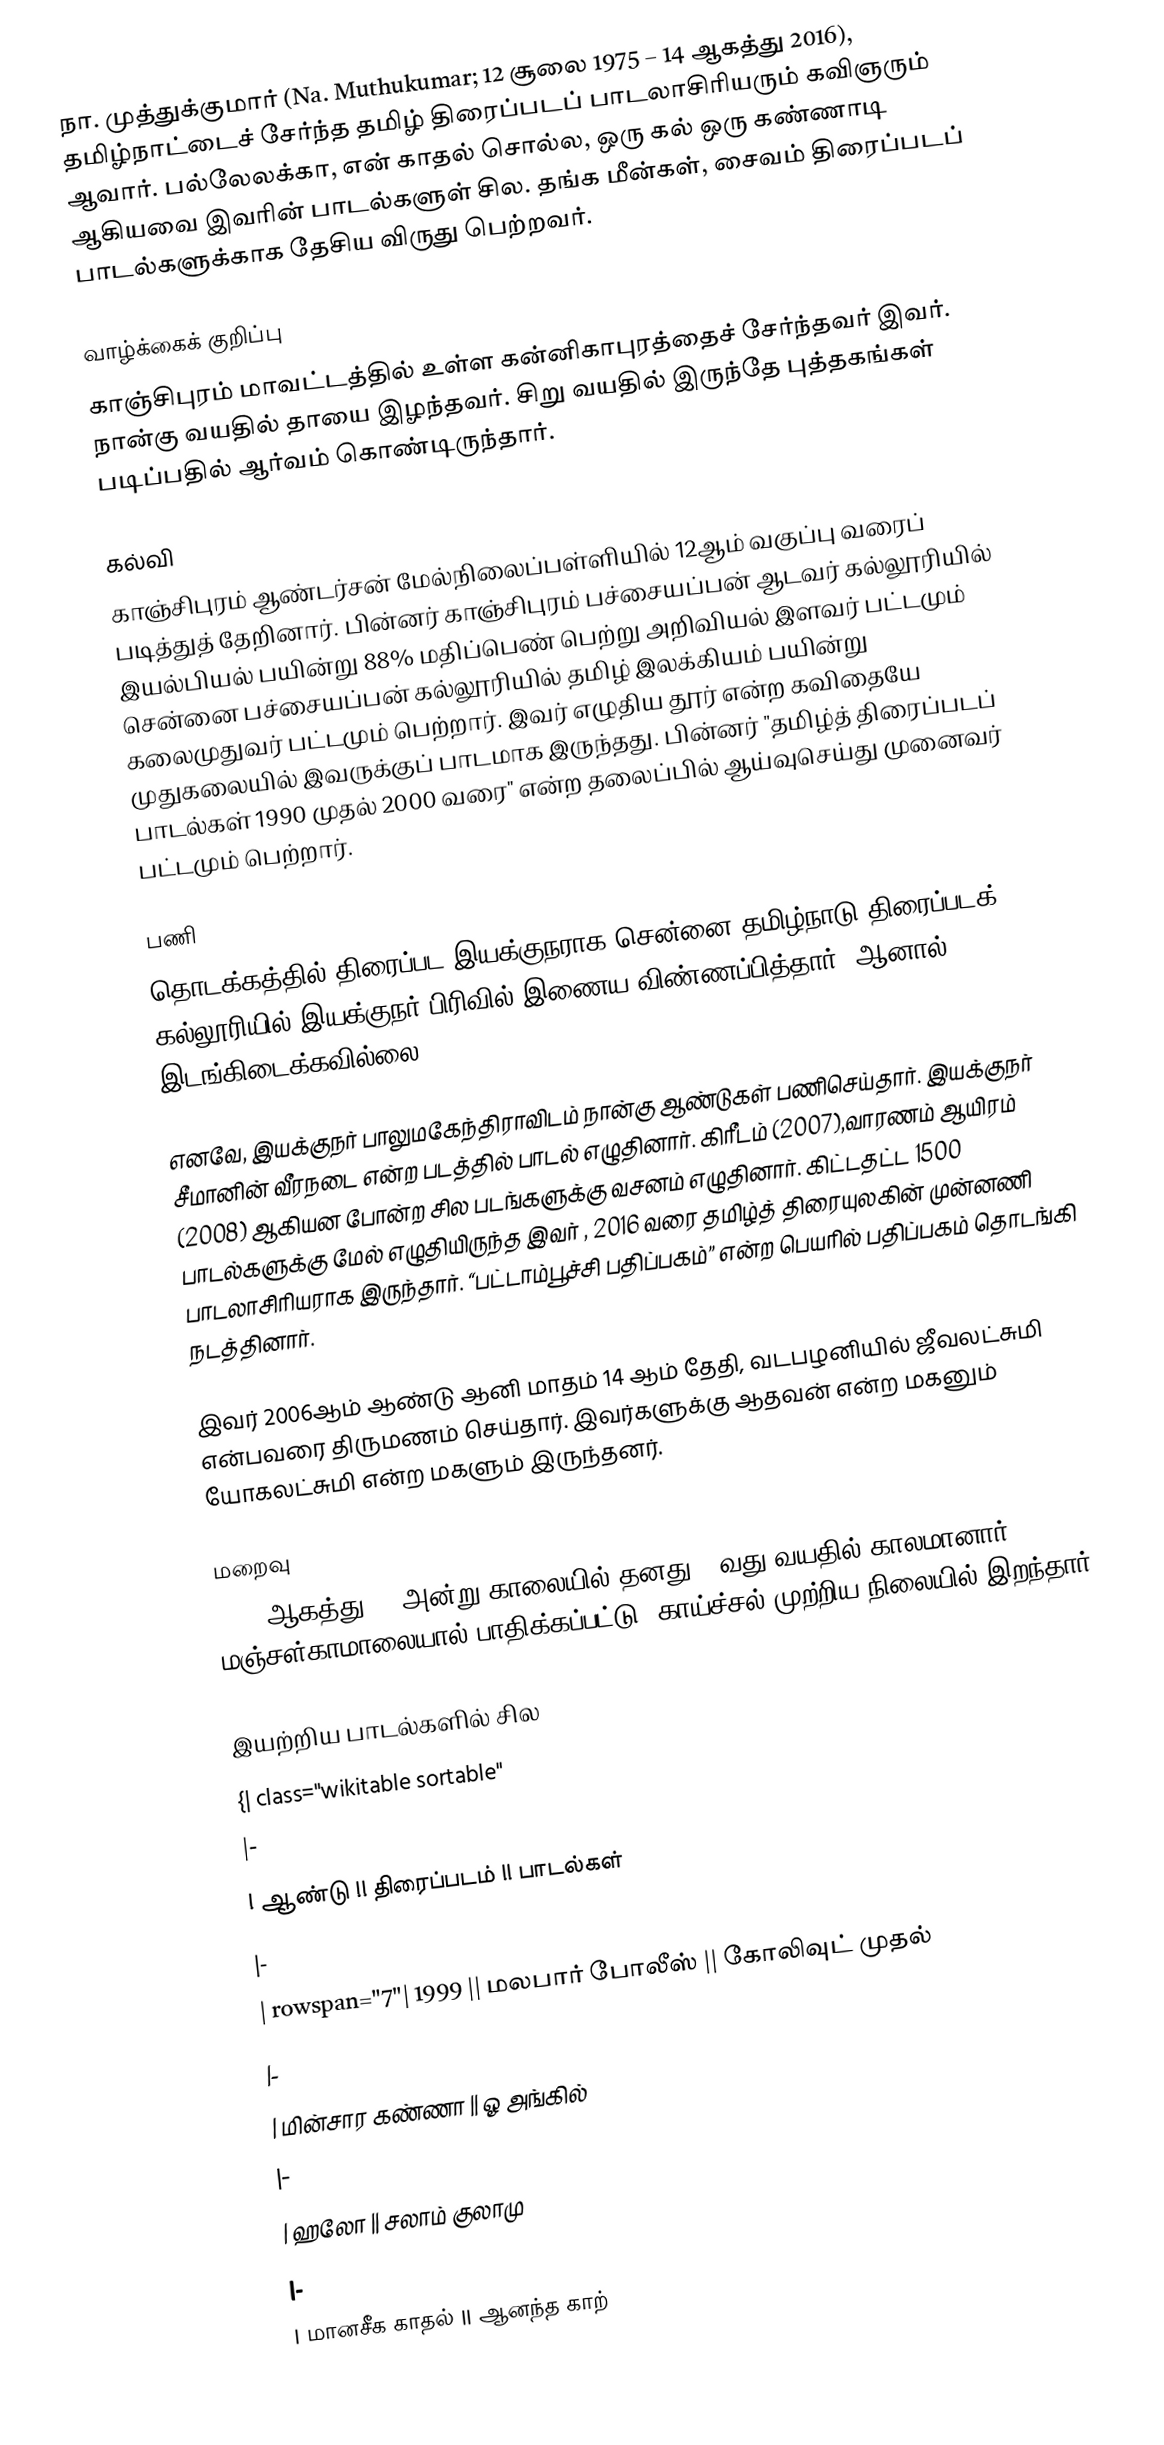
நா. முத்துக்குமார் (Na. Muthukumar; 12 சூலை 1975 – 14 ஆகத்து 2016), தமிழ்நாட்டைச் சேர்ந்த தமிழ் திரைப்படப் பாடலாசிரியரும் கவிஞரும் ஆவார். பல்லேலக்கா, என் காதல் சொல்ல, ஒரு கல் ஒரு கண்ணாடி ஆகியவை இவரின் பாடல்களுள் சில. தங்க மீன்கள், சைவம் திரைப்படப் பாடல்களுக்காக தேசிய விருது பெற்றவர்.

வாழ்க்கைக் குறிப்பு
காஞ்சிபுரம் மாவட்டத்தில் உள்ள கன்னிகாபுரத்தைச் சேர்ந்தவர் இவர். நான்கு வயதில் தாயை இழந்தவர். சிறு வயதில் இருந்தே புத்தகங்கள் படிப்பதில் ஆர்வம் கொண்டிருந்தார்.

கல்வி
காஞ்சிபுரம் ஆண்டர்சன் மேல்நிலைப்பள்ளியில் 12ஆம் வகுப்பு வரைப் படித்துத் தேறினார். பின்னர் காஞ்சிபுரம் பச்சையப்பன் ஆடவர் கல்லூரியில் இயல்பியல் பயின்று 88% மதிப்பெண் பெற்று அறிவியல் இளவர் பட்டமும் சென்னை பச்சையப்பன் கல்லூரியில் தமிழ் இலக்கியம் பயின்று கலைமுதுவர் பட்டமும் பெற்றார். இவர் எழுதிய தூர் என்ற கவிதையே முதுகலையில் இவருக்குப் பாடமாக இருந்தது. பின்னர் "தமிழ்த் திரைப்படப் பாடல்கள் 1990 முதல் 2000 வரை" என்ற தலைப்பில் ஆய்வுசெய்து முனைவர் பட்டமும் பெற்றார்.

பணி
தொடக்கத்தில் திரைப்பட இயக்குநராக சென்னை தமிழ்நாடு திரைப்படக் கல்லூரியில் இயக்குநர் பிரிவில் இணைய விண்ணப்பித்தார். ஆனால், இடங்கிடைக்கவில்லை.

எனவே, இயக்குநர் பாலுமகேந்திராவிடம் நான்கு ஆண்டுகள் பணிசெய்தார். இயக்குநர் சீமானின் வீரநடை என்ற படத்தில் பாடல் எழுதினார். கிரீடம் (2007),வாரணம் ஆயிரம் (2008) ஆகியன போன்ற சில படங்களுக்கு வசனம் எழுதினார். கிட்டதட்ட 1500 பாடல்களுக்கு மேல் எழுதியிருந்த இவர் , 2016 வரை தமிழ்த் திரையுலகின் முன்னணி பாடலாசிரியராக இருந்தார். “பட்டாம்பூச்சி பதிப்பகம்” என்ற பெயரில் பதிப்பகம் தொடங்கி நடத்தினார்.

இவர் 2006ஆம் ஆண்டு ஆனி மாதம் 14 ஆம் தேதி, வடபழனியில் ஜீவலட்சுமி என்பவரை திருமணம் செய்தார். இவர்களுக்கு ஆதவன் என்ற மகனும் யோகலட்சுமி என்ற மகளும் இருந்தனர்.

மறைவு
2016 ஆகத்து 14 அன்று காலையில் தனது 41வது வயதில் காலமானார். மஞ்சள்காமாலையால் பாதிக்கப்பட்டு, காய்ச்சல் முற்றிய நிலையில் இறந்தார்.

இயற்றிய பாடல்களில் சில
{| class="wikitable sortable"
|-
! ஆண்டு !! திரைப்படம் !! பாடல்கள்
|-
| rowspan="7"| 1999 || மலபார் போலீஸ் || கோலிவுட் முதல்
|-
| மின்சார கண்ணா || ஓ அங்கில்
|-
| ஹலோ || சலாம் குலாமு
|-
| மானசீக காதல் || ஆனந்த காற்